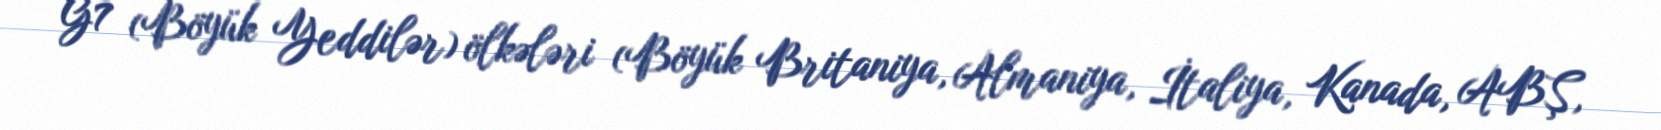
G7 (Böyük Yeddilər) ölkələri (Böyük Britaniya, Almaniya, İtaliya, Kanada, ABŞ,